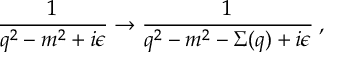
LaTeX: \frac { 1 } { q ^ { 2 } - m ^ { 2 } + i \epsilon } \rightarrow \frac { 1 } { q ^ { 2 } - m ^ { 2 } - \Sigma ( q ) + i \epsilon } \: ,